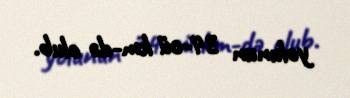
yolunun 34-cü km-də olub.